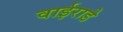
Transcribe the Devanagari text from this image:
वाईराडे